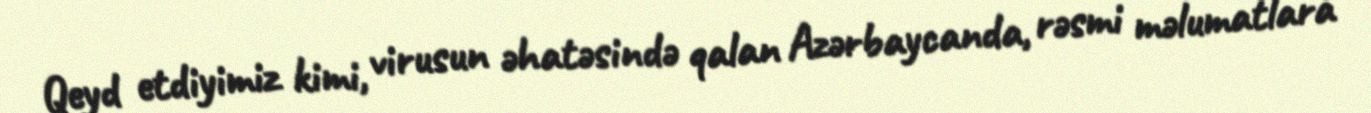
Qeyd etdiyimiz kimi, virusun əhatəsində qalan Azərbaycanda, rəsmi məlumatlara